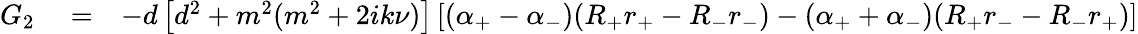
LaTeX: \begin{array}{rlr}{G_{2}}&{{}=}&{-d\left[d^{2}+m^{2}(m^{2}+2ik\nu)\right]\left[(\alpha_{+}-\alpha_{-})(R_{+}r_{+}-R_{-}r_{-})-(\alpha_{+}+\alpha_{-})(R_{+}r_{-}-R_{-}r_{+})\right]}\end{array}